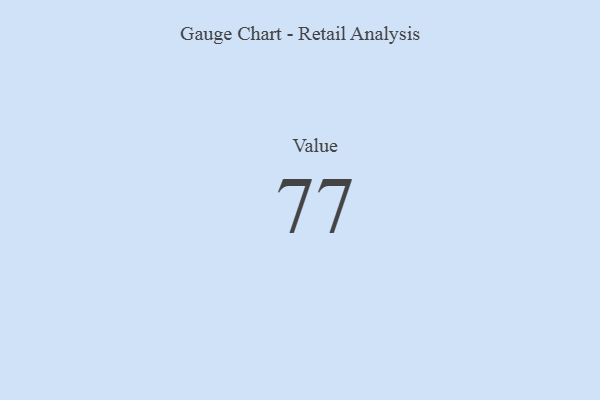
{"axis": {"x": "Metric", "y": "Value"}, "legend": [""], "data": [{"x": "Value", "y": 77, "type": ""}]}